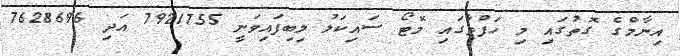
އިނާމްގެ ގޮތުގައި މި ހަފްތާގައި މޮޓޯ ސައިކަލު ލިބިފައިވަނީ 7921755 އަދި 7628696